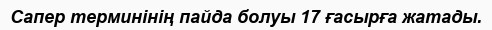
Сапер терминiнiң пайда болуы 17 ғасырға жатады.